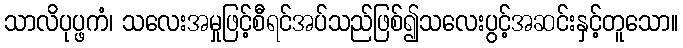
သာလိပုပ္ဖကံ၊ သလေးအမှုဖြင့်စီရင်အပ်သည်ဖြစ်၍သလေးပွင့်အဆင်းနှင့်တူသော။